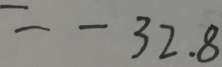
= - 3 2 . 8